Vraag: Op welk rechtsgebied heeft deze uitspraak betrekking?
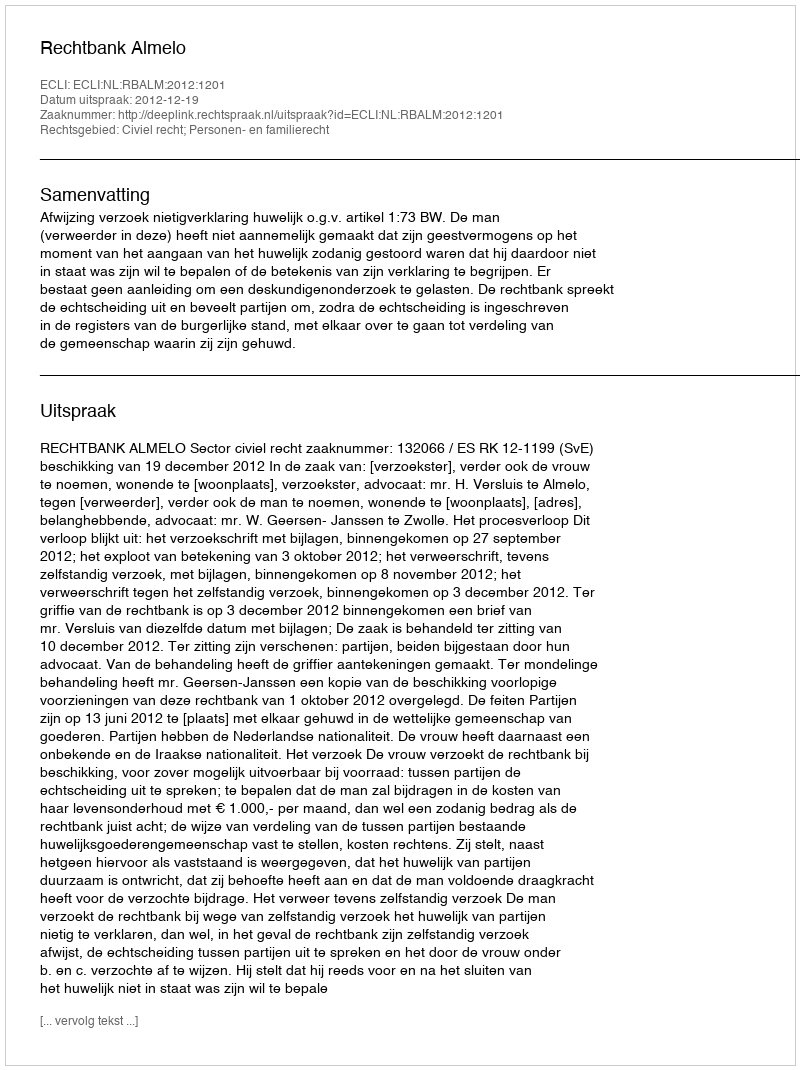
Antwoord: Civiel recht; Personen- en familierecht